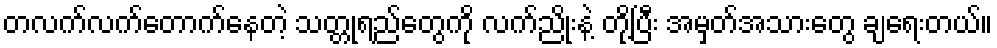
တလက်လက်တောက်နေတဲ့ သတ္တုရည်တွေကို လက်ညိုးနဲ့ တို့ပြီး အမှတ်အသားတွေ ချရေးတယ်။